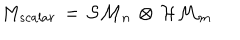
M _ { s c a l a r } \, = \, { \cal S M } _ { n } \, \otimes \, { \cal H M } _ { m }